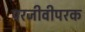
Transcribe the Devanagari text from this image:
परजीवीपरक